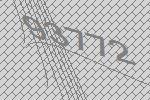
93772